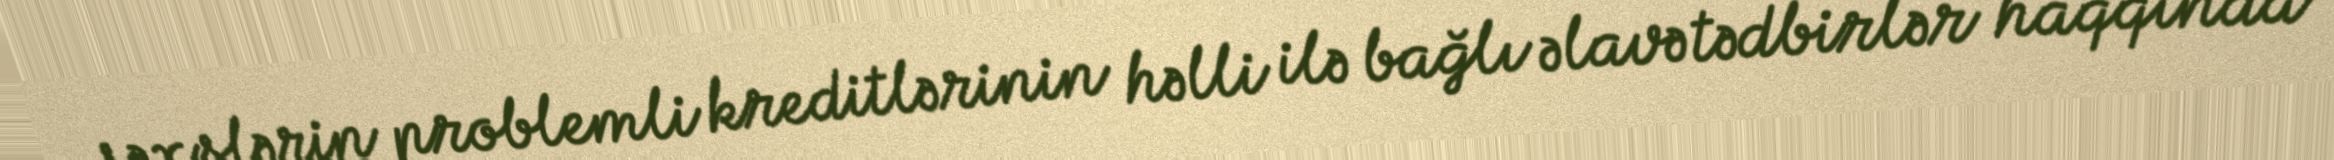
şəxslərin problemli kreditlərinin həlli ilə bağlı əlavə tədbirlər haqqında